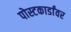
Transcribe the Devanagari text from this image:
पोस्टकार्डांवर